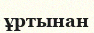
ұртынан